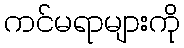
ကင်မရာများကို